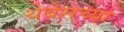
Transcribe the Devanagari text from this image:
थेबेसच्या